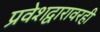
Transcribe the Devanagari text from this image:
प्रवेशद्वारावरही